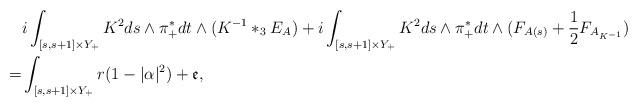
LaTeX: \begin{align*}&i\int_{[s, s+1] \times Y_+} K^2ds \wedge \pi_+^*dt \wedge (K^{-1}*_3 E_A) + i\int_{[s, s+1] \times Y_+} K^2ds \wedge \pi_+^*dt \wedge (F_{A(s)} + \frac{1}{2}F_{A_{K^{-1}}}) \\=& \int_{[s, s +1] \times Y_+} r(1-|\alpha|^2) + \mathfrak{e},\end{align*}